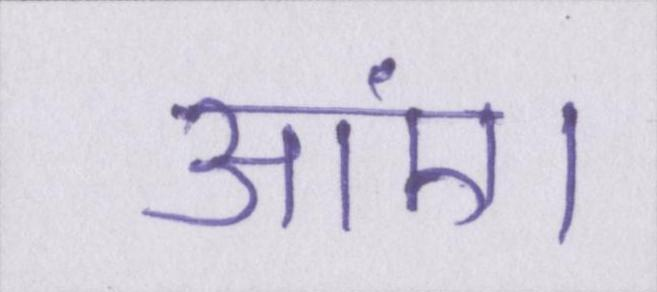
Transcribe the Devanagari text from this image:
आएं।